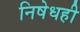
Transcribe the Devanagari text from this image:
निषेधही